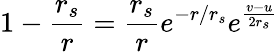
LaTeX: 1-\frac{r_{s}}{r}=\frac{r_{s}}{r}e^{-r/r_{s}}e^{\frac{v-u}{2r_{s}}}